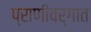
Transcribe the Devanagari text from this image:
प्राणीवर्गात